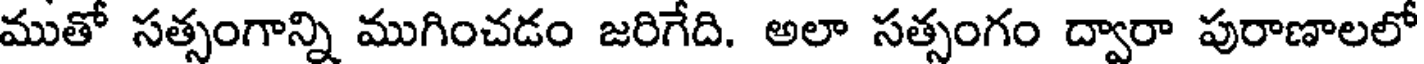
ముతో సత్సంగాన్ని ముగించడం జరిగేది. అలా సత్సంగం ద్వారా పురాణాలలో